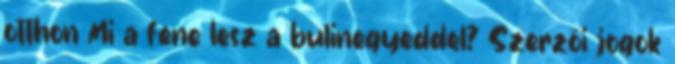
otthon Mi a fene lesz a bulinegyeddel? Szerzői jogok